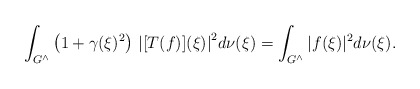
\begin{align*}\int_{G^\wedge} \left(1 + \gamma(\xi)^2 \right) \, {\vert [T(f)](\xi) \vert}^2 d\nu(\xi) = \int_{G^\wedge} \vert f(\xi) \vert^2 d\nu(\xi).\end{align*}